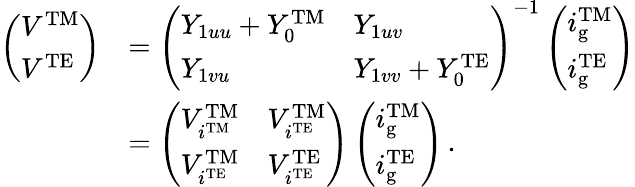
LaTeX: \begin{array}{rl}{\left(\begin{array}{l}{V^{\mathrm{TM}}}\\ {V^{\mathrm{TE}}}\end{array}\right)}&{=\left(\begin{array}{ll}{Y_{1uu}+Y_{0}^{\mathrm{TM}}}&{Y_{1uv}}\\ {Y_{1vu}}&{Y_{1vv}+Y_{0}^{\mathrm{TE}}}\end{array}\right)^{-1}\left(\begin{array}{l}{i_{\mathrm{g}}^{\mathrm{TM}}}\\ {i_{\mathrm{g}}^{\mathrm{TE}}}\end{array}\right)}\\ &{=\left(\begin{array}{ll}{V_{i^{\mathrm{TM}}}^{\mathrm{TM}}}&{V_{i^{\mathrm{TE}}}^{\mathrm{TM}}}\\ {V_{i^{\mathrm{TE}}}^{\mathrm{TM}}}&{V_{i^{\mathrm{TE}}}^{\mathrm{TE}}}\end{array}\right)\left(\begin{array}{l}{i_{\mathrm{g}}^{\mathrm{TM}}}\\ {i_{\mathrm{g}}^{\mathrm{TE}}}\end{array}\right)\, .}\end{array}